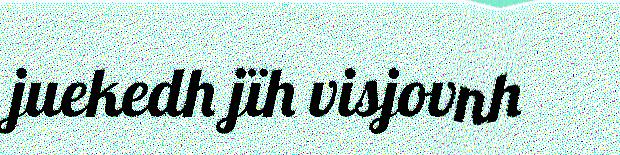
juekedh jïh visjovnh